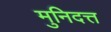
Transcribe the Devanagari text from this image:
मुनिदत्त